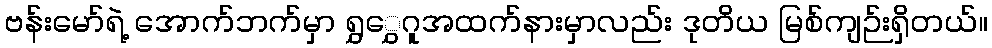
ဗန်းမော်ရဲ့ အောက်ဘက်မှာ ရွှွှေဂူအထက်နားမှာလည်း ဒုတိယ မြစ်ကျဉ်းရှိတယ်။